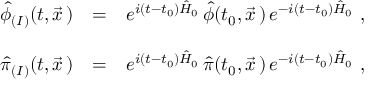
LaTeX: \begin{array} { r c l } { { \hat { \phi } _ { ( I ) } ( t , \vec { x } \, ) } } & { { = } } & { { e ^ { i ( t - t _ { 0 } ) \hat { H } _ { 0 } } \, \hat { \phi } ( t _ { 0 } , \vec { x } \, ) \, e ^ { - i ( t - t _ { 0 } ) \hat { H } _ { 0 } } \ , } } \\ { { } } & { { } } & { { } } \\ { { \hat { \pi } _ { ( I ) } ( t , \vec { x } \, ) } } & { { = } } & { { e ^ { i ( t - t _ { 0 } ) \hat { H } _ { 0 } } \, \hat { \pi } ( t _ { 0 } , \vec { x } \, ) \, e ^ { - i ( t - t _ { 0 } ) \hat { H } _ { 0 } } \ , } } \end{array}